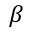
\beta